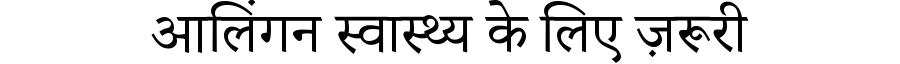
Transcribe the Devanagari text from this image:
आलिंगन स्वास्थ्य के लिए ज़रूरी